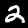
Label: 2